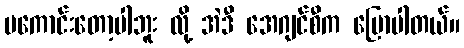
မကောင်းတော့ပါဘူး လို့ အဲဒီ အေဂျင်စီက ပြောပါတယ်။